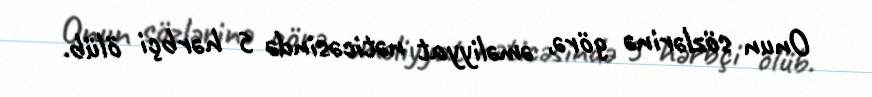
Onun sözlərinə görə, əməliyyat nəticəsində 5 hərbçi ölüb.